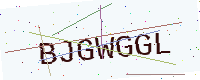
Text: BJGWGGL